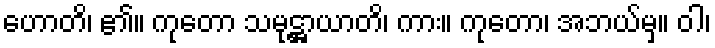
ဟောတိ၊ ၏။ ကုတော သမုဋ္ဌာယာတိ၊ ကား။ ကုတော၊ အဘယ်မှ။ ဝါ၊